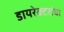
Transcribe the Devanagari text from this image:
डायरेक्टरांचा